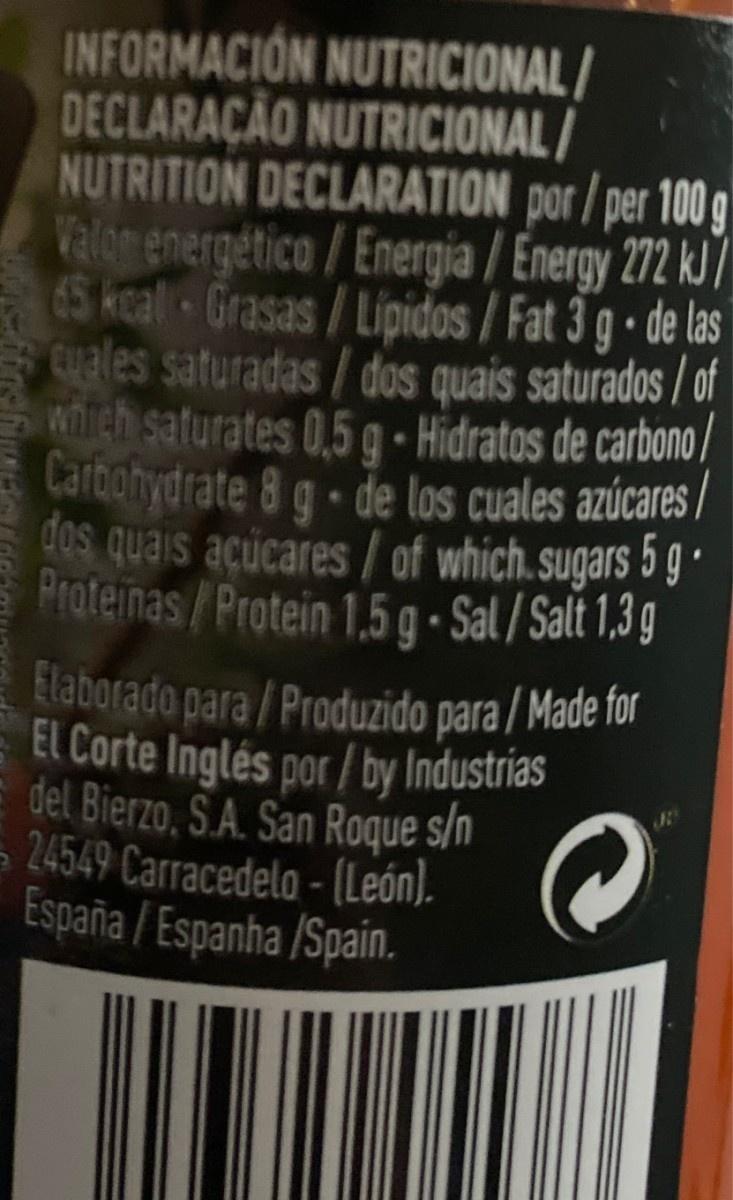
INFORMACION NUTRICIONAL/ DECLARAÇÃO NUTRICIONAL/ NUTRITION DECLARATION por / per 100g Valom energetica/Energia / Energy 272 kJ7 65kcal Grasas/Lipidos / Fat 3 g • de las Cuales saturadas/dos quais saturados / of wirtch saturates 0,5 g - Hidratos de carbono/ Carbohydrate 8 g de los cuales azúcares, dos quais acucares / of which. sugars 5 g Proteinas/Protein 1,.5 g - Sal / Salt 1,3 g Elaborado para / Produzido para/Made for EL Corte Inglés por / by Industrias E del Bierzo, S.A. San Roque s/n 24549 Carracedelo - (León). España / Espanha /Spain.